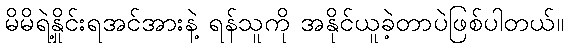
မိမိရဲ့နှိုင်းရအင်အားနဲ့ ရန်သူကို အနိုင်ယူခဲ့တာပဲဖြစ်ပါတယ်။